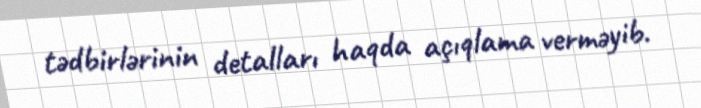
tədbirlərinin detalları haqda açıqlama verməyib.